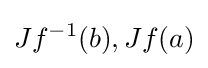
Jf^{-1}(b),Jf(a)